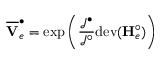
\overline { { \mathbf { V } } } _ { e } ^ { \bullet } = \mathrm { e x p } \left( \frac { \mathcal { J } ^ { \bullet } } { \mathcal { J } ^ { \circ } } \mathrm { d e v } ( \mathbf { H } _ { e } ^ { \circ } ) \right)